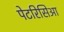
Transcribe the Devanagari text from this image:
पेटरिसिआ